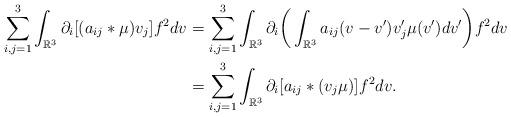
LaTeX: \begin{align*} \sum_{i,j=1}^3\int_{\mathbb R^3}\partial_i[(a_{ij}*\mu)v_j]f^2dv&=\sum_{i,j=1}^3\int_{\mathbb R^3}\partial_i\bigg(\int_{\mathbb R^3}a_{ij}(v-v')v_j'\mu(v')dv'\bigg)f^2dv\\ &=\sum_{i,j=1}^3\int_{\mathbb R^3}\partial_i[a_{ij}*(v_j\mu)]f^2dv. \end{align*}